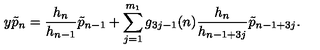
y \tilde { p } _ { n } = \frac { h _ { n } } { h _ { n - 1 } } \tilde { p } _ { n - 1 } + \sum _ { j = 1 } ^ { m _ { 1 } } g _ { 3 j - 1 } ( n ) \frac { h _ { n } } { h _ { n - 1 + 3 j } } \tilde { p } _ { n - 1 + 3 j } .